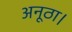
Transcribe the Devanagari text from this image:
अनूठा।